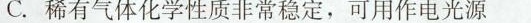
C.稀有气体化学性质非常稳定，可用作电光源